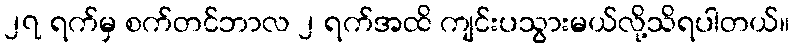
၂၇ ရက်မှ စက်တင်ဘာလ ၂ ရက်အထိ ကျင်းပသွားမယ်လို့သိရပါတယ်။